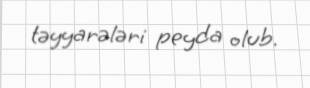
təyyarələri peyda olub.